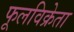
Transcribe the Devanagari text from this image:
फूलविक्रेता